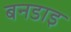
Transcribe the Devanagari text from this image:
बनडाइ